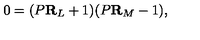
0 = ( P { \bf R } _ { L } + 1 ) ( P { \bf R } _ { M } - 1 ) ,